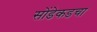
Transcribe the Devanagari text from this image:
सोंडेकडचा